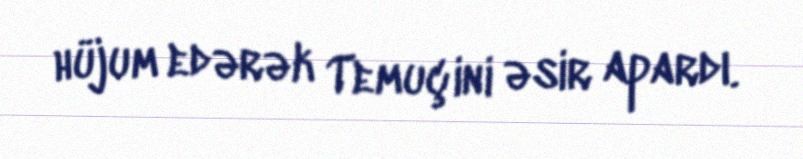
hüjum edərək Temuçini əsir apardı.